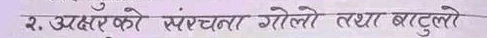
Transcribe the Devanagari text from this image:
२. अक्षरको संरचना गोलो तथा बटुलो